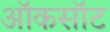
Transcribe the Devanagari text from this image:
ऑकसॉट